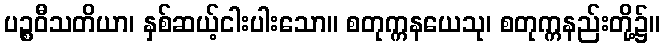
ပဉ္စဝီသတိယာ၊ နှစ်ဆယ့်ငါးပါးသော။ စတုက္ကနယေသု၊ စတုက္ကနည်းတို့၌။